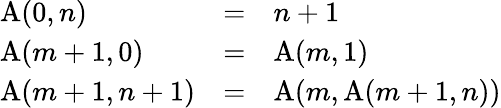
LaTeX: \begin{array}{lcl}{\operatorname{A}(0,n)}&{=}&{n+1}\\ {\operatorname{A}(m+1,0)}&{=}&{\operatorname{A}(m,1)}\\ {\operatorname{A}(m+1,n+1)}&{=}&{\operatorname{A}(m,\operatorname{A}(m+1,n))}\end{array}